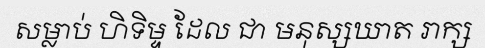
សម្លាប់ ហិទិម្ទ ដែល ជា មនុស្សឃាត រាក្ស